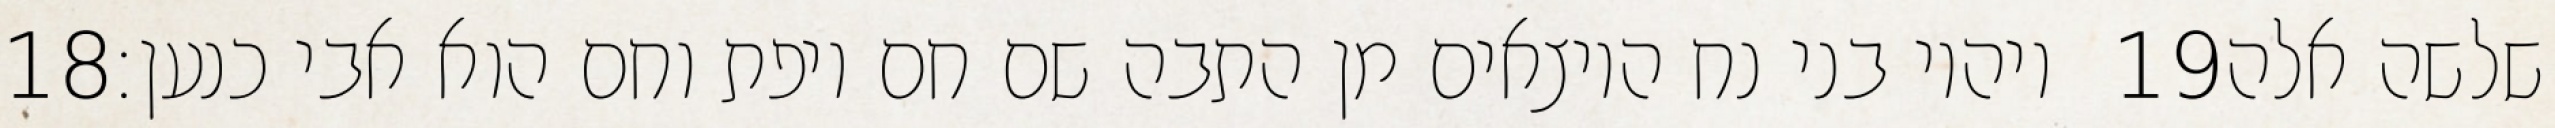
‎18‏ ויהיו בני נח היוצאים מן התבה שם חם ויפת וחם הוא אבי כנען׃ ‎19‏ שלשה אלה